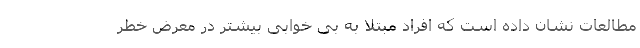
مطالعات نشان داده است که افراد مبتلا به بی خوابی بیشتر در معرض خطر